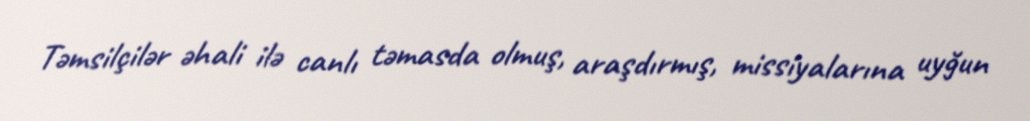
Təmsilçilər əhali ilə canlı təmasda olmuş, araşdırmış, missiyalarına uyğun